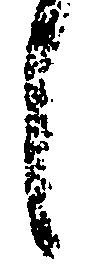
し